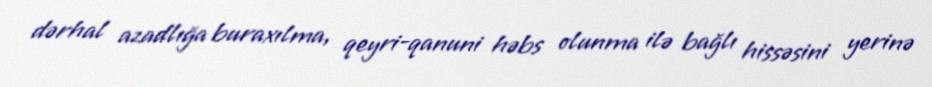
dərhal azadlığa buraxılma, qeyri-qanuni həbs olunma ilə bağlı hissəsini yerinə